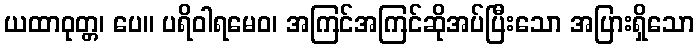
ယထာဝုတ္တ၊ ပေ။ ပရိဝါရမေဝ၊ အကြင်အကြင်ဆိုအပ်ပြီးသော အပြားရှိသော